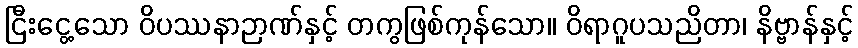
ငြီးငွေ့သော ဝိပဿနာဉာဏ်နှင့် တကွဖြစ်ကုန်သော။ ဝိရာဂူပသညိတာ၊ နိဗ္ဗာန်နှင့်